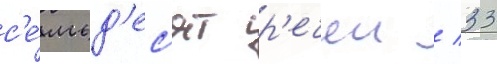
с'е́мьд'ес'ят р'ечеи / 33